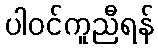
ပါဝင်ကူညီရန်